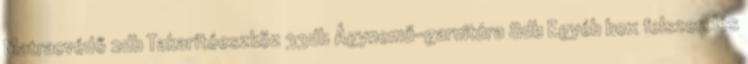
Matracvédő 2db Takarítóeszköz 33db Ágynemű-garnitúra 8db Egyéb box felszerelés